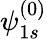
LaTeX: \psi_{1s}^{(0)}